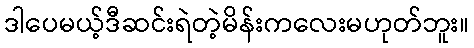
ဒါပေမယ့်ဒီဆင်းရဲတဲ့မိန်းကလေးမဟုတ်ဘူး။